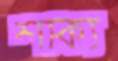
শাক্য